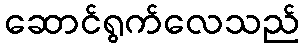
ဆောင်ရွက်လေသည်